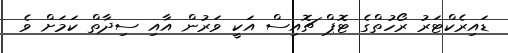
ޑައިރެކްޓަރު ރޯހުތްގެ ޓޮޕް ޗޮއިސް އަކީ ވަރުން އާއި ސިދާތް ކަމަށް ވެ